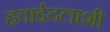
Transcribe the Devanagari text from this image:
हवाईदलाशी